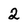
Character: 2